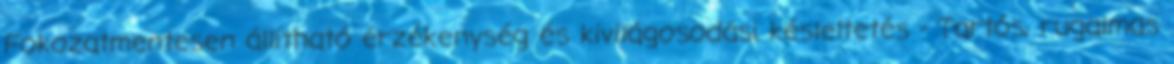
Fokozatmentesen állítható érzékenység és kivilágosodási késleltetés - Tartós, rugalmas